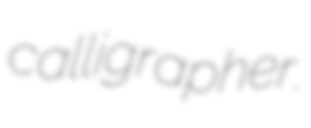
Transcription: calligrapher.